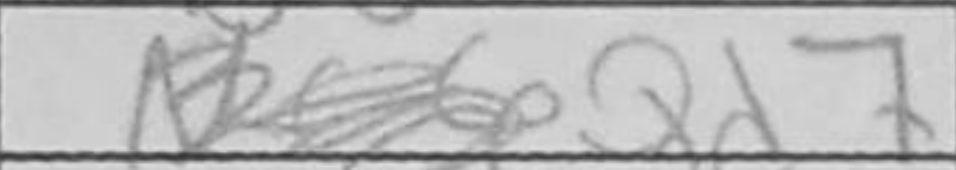
Transcription: Qd7